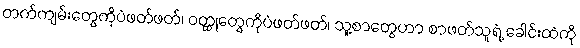
တက်ကျမ်းတွေကိုပဲဖတ်ဖတ်၊ ဝတ္ထုတွေကိုပဲဖတ်ဖတ်၊ သူ့စာတွေဟာ စာဖတ်သူရဲ့ ခေါင်းထဲကို